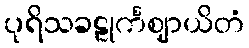
ပုရိသခဠုင်္ကဈာယိတံ